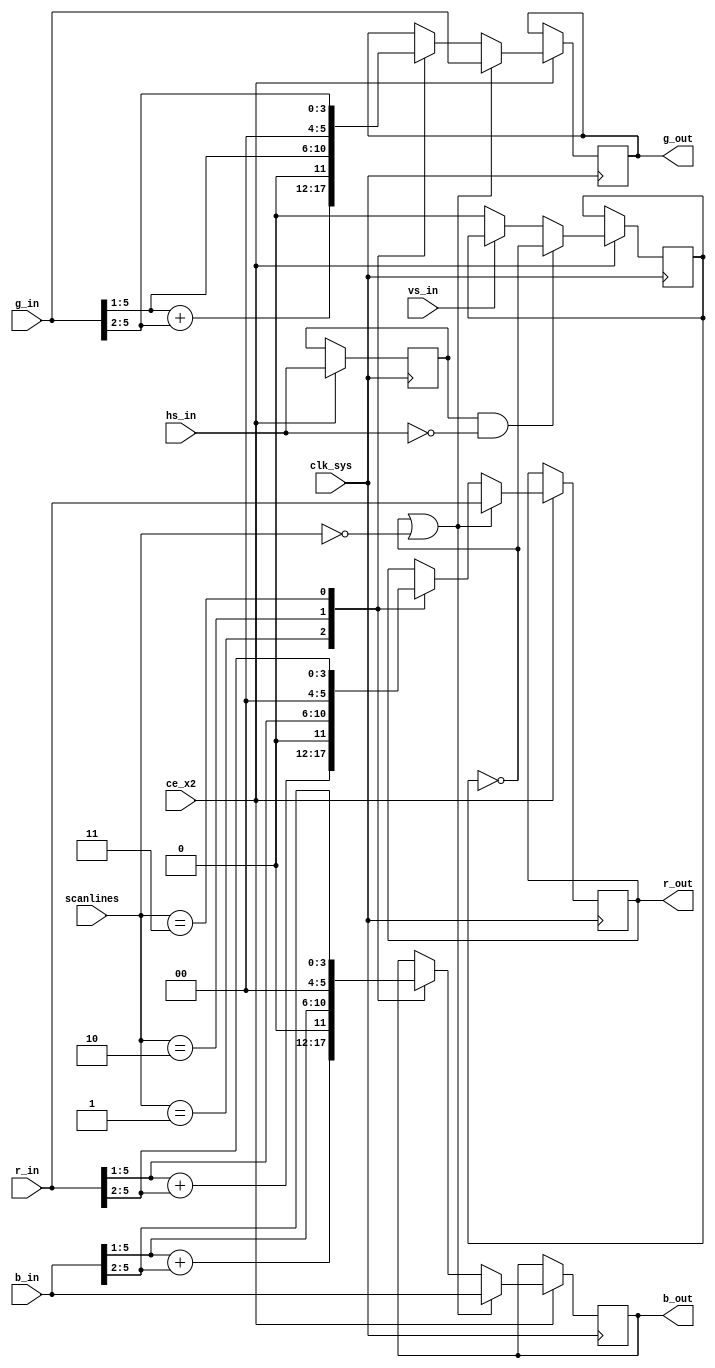
//
// scanlines.v
// 


module scanlines
(
    // system interface
    input            clk_sys,

    // scanlines (00-none 01-25% 10-50% 11-75%)
    input      [1:0] scanlines,
    input            ce_x2,

    // shifter video interface
    input            hs_in,
    input            vs_in,
    input      [5:0] r_in,
    input      [5:0] g_in,
    input      [5:0] b_in,

    // output interface
    output reg [5:0] r_out,
    output reg [5:0] g_out,
    output reg [5:0] b_out
);

// --------------------- create output signals -----------------
// latch everything once more to make it glitch free and apply scanline effect
reg scanline;
reg       hs_out;
reg       vs_out;

always @(posedge clk_sys) begin
    if(ce_x2) begin
        hs_out <= hs_in;
        vs_out <= vs_in;

        // reset scanlines at every new screen
        if(!vs_in) scanline <= 0;

        // toggle scanlines at begin of every hsync
        if(hs_out && !hs_in) scanline <= !scanline;

        // if no scanlines or not a scanline
        if(!scanline || !scanlines) begin
            r_out <= r_in;
            g_out <= g_in;
            b_out <= b_in;
        end else begin
            case(scanlines)
                1: begin // reduce 25% = 1/2 + 1/4
                    r_out <= {1'b0, r_in[5:1]} + {2'b00, r_in[5:2] };
                    g_out <= {1'b0, g_in[5:1]} + {2'b00, g_in[5:2] };
                    b_out <= {1'b0, b_in[5:1]} + {2'b00, b_in[5:2] };
                end

                2: begin // reduce 50% = 1/2
                    r_out <= {1'b0, r_in[5:1]};
                    g_out <= {1'b0, g_in[5:1]};
                    b_out <= {1'b0, b_in[5:1]};
                end

                3: begin // reduce 75% = 1/4
                    r_out <= {2'b00, r_in[5:2]};
                    g_out <= {2'b00, g_in[5:2]};
                    b_out <= {2'b00, b_in[5:2]};
                end
            endcase
        end
    end
end



endmodule